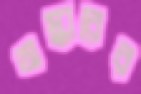
অস্কারের